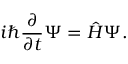
i \hbar { \frac { \partial } { \partial t } } \Psi = { \hat { H } } \Psi .